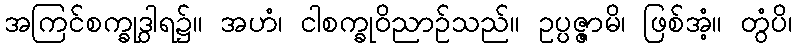
အကြင်စက္ခုဒွါရ၌။ အဟံ၊ ငါစက္ခုဝိညာဉ်သည်။ ဥပ္ပဇ္ဇာမိ၊ ဖြစ်အံ့။ တွံပိ၊